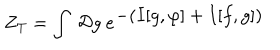
Z _ { T } = \int \ { \cal D } g \ e ^ { \displaystyle { - ( I [ g , \varphi ] + I [ f , g ] ) } }